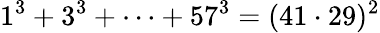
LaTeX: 1^{3}+3^{3}+\dots+57^{3}=(41\cdot 29)^{2}